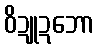
ဝိဍူဍဘော